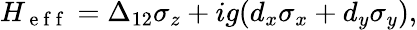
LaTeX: \begin{array}{r}{H_{\mathrm{~e~f~f~}}=\Delta_{12}\sigma_{z}+ig(d_{x}\sigma_{x}+d_{y}\sigma_{y}),}\end{array}